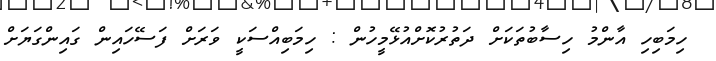
ހިމަބިހި އާންމު ހިސާބުތަކަށް ދަތުރުކޮށްއުޅޭމީހުން : ހިމަބިއްސަކީ ވަރަށް ފަސޭހައިން ގައިންގަޔަށް